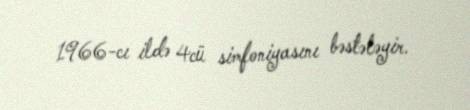
1966-cı ildə 4cü simfoniyasını bəstələyir.